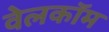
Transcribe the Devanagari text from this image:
वेलकॉम